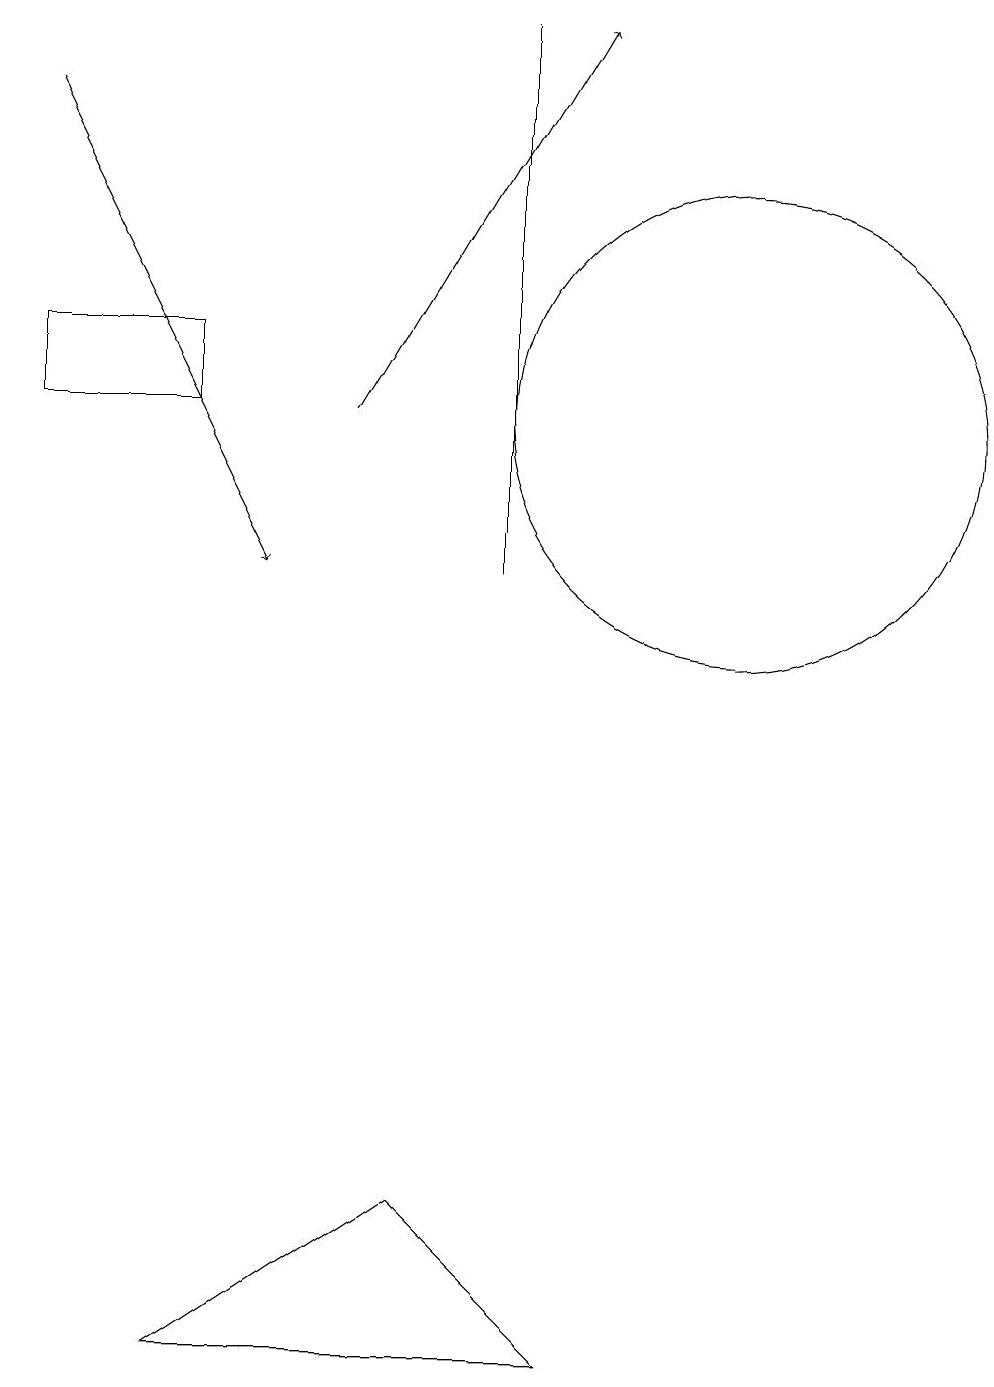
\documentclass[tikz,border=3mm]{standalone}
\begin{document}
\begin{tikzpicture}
\draw (10,12) circle (3);
\draw (3,0) -- (8,0) -- (6,2) -- cycle;
\draw[->] (5,12) -- (8,17);
\draw (1,13) rectangle (3,12);
\draw (7,17) rectangle (7,10);
\draw[->] (1,16) -- (4,10);
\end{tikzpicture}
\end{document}